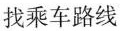
找乘车路线